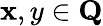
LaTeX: \mathbf{x},y\in{\textbf{{Q}}}